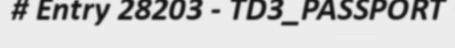
# Entry 28203 - TD3_PASSPORT